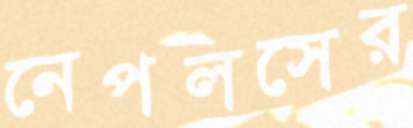
নেপলসের